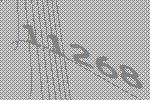
11268